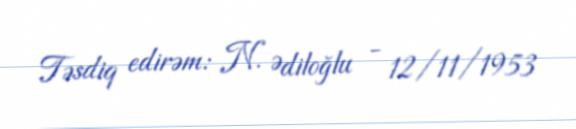
Təsdiq edirəm: N. Ədiloğlu - 12/11/1953